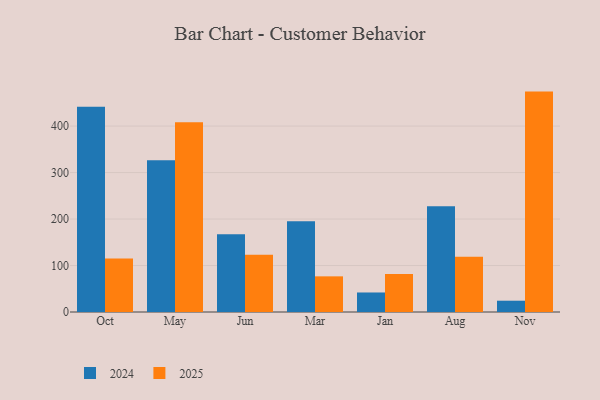
{"axis": {"x": "Month", "y": "LTV (USD)"}, "legend": ["2024", "2025"], "data": [{"x": "Oct", "y": 115.2, "type": "2025"}, {"x": "Oct", "y": 441.6, "type": "2024"}, {"x": "May", "y": 408.4, "type": "2025"}, {"x": "May", "y": 326.4, "type": "2024"}, {"x": "Jun", "y": 123.1, "type": "2025"}, {"x": "Jun", "y": 167.3, "type": "2024"}, {"x": "Mar", "y": 76.7, "type": "2025"}, {"x": "Mar", "y": 195.0, "type": "2024"}, {"x": "Jan", "y": 81.9, "type": "2025"}, {"x": "Jan", "y": 42.0, "type": "2024"}, {"x": "Aug", "y": 118.8, "type": "2025"}, {"x": "Aug", "y": 227.4, "type": "2024"}, {"x": "Nov", "y": 474.2, "type": "2025"}, {"x": "Nov", "y": 24.3, "type": "2024"}]}